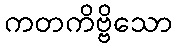
ကတကိဗ္ဗိသော